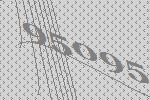
95095